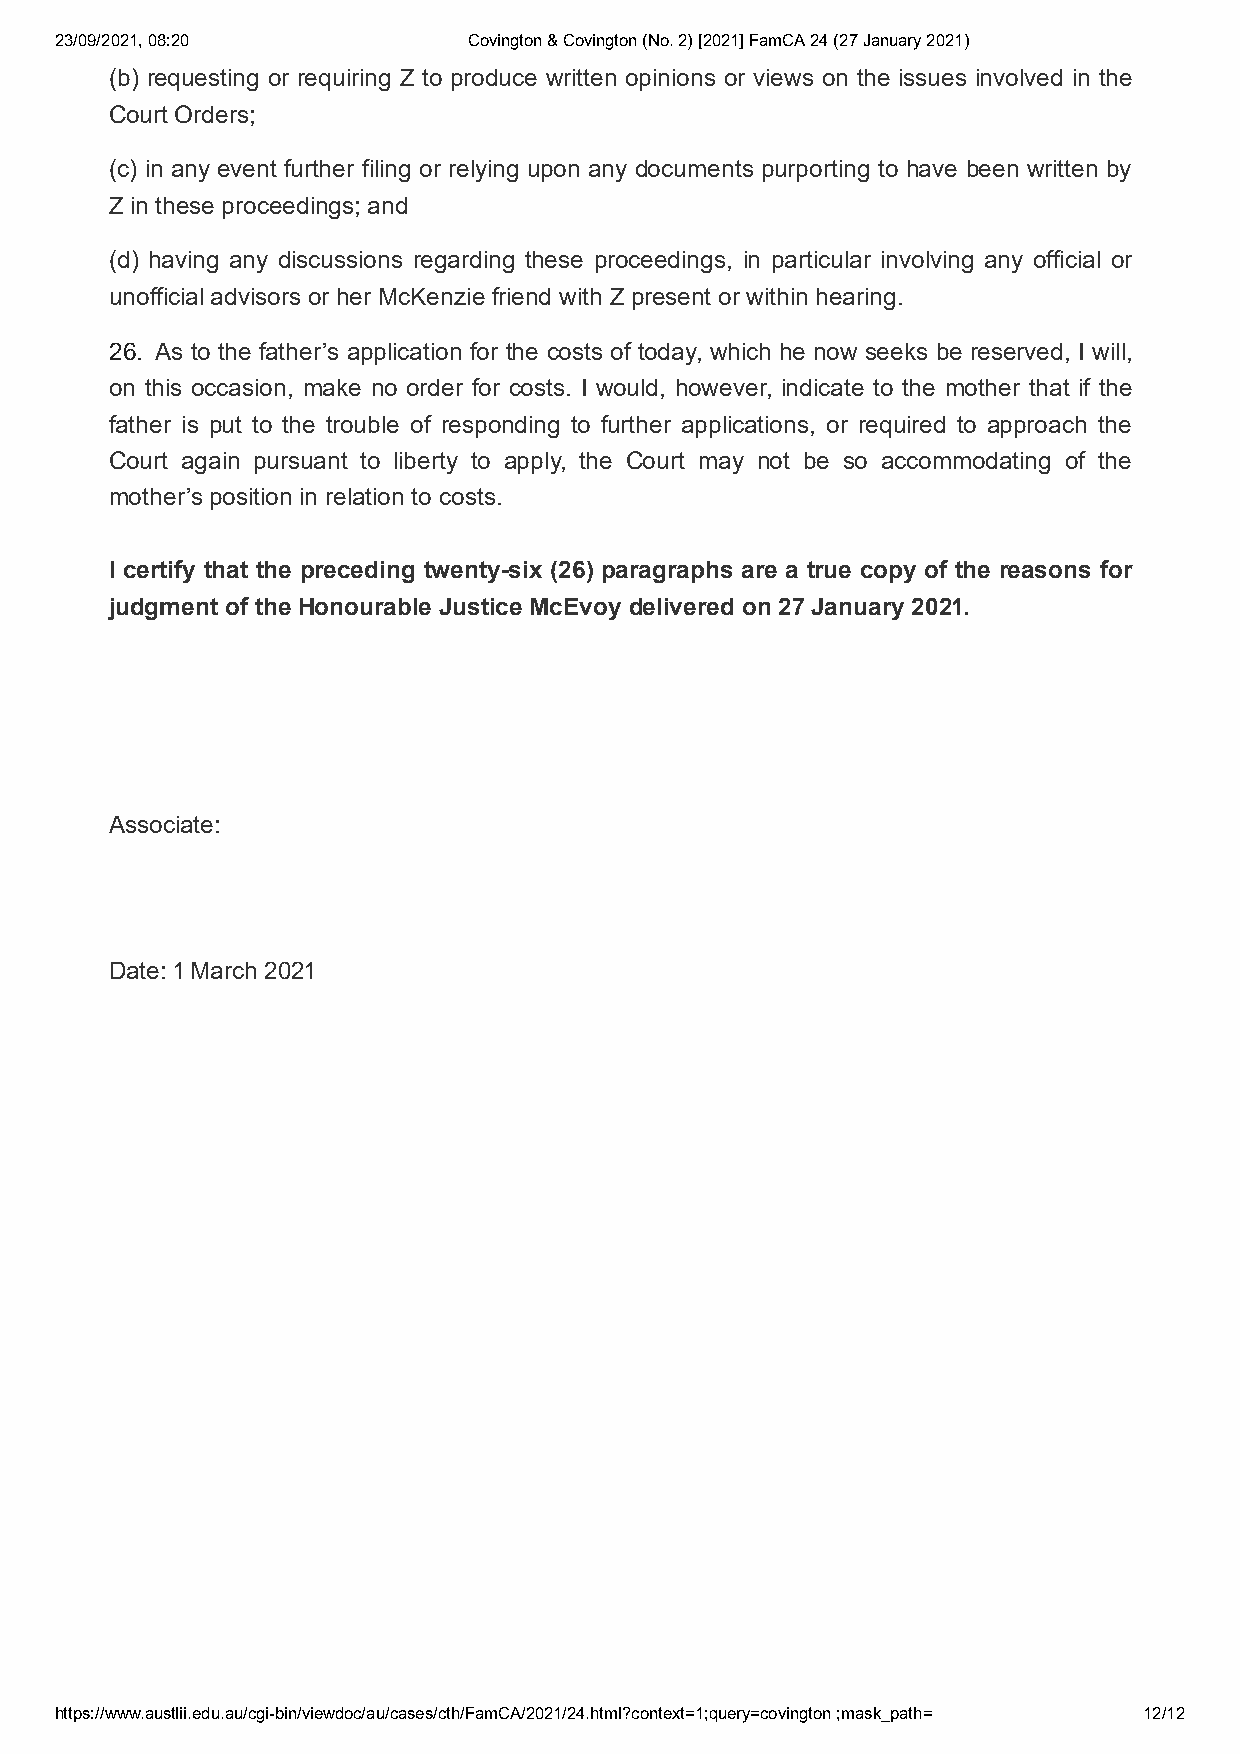
23/09/2021, 08:20          Covington & Covington (No. 2) [2021] FamCA 24 (27 January 2021)
 (b) requesting or requiring Z to produce written opinions or views on the issues involved in the
 Court Orders;
 (c) in any event further filing or relying upon any documents purporting to have been written by
 Z in these proceedings; and
 (d) having any discussions regarding these proceedings, in particular involving any official or
 unofficial advisors or her McKenzie friend with Z present or within hearing.
 . As to the father’s application for the costs of today, which he now seeks be reserved, I will,
 on this occasion, make no order for costs. I would, however, indicate to the mother that if the
 father is put to the trouble of responding to further applications, or required to approach the
 Court again pursuant to liberty to apply, the Court may not be so accommodating of the
 mother’s position in relation to costs.
 I certify that the preceding twenty-six () paragraphs are a true copy of the reasons for
 judgment of the Honourable Justice McEvoy delivered on  January .
 Associate:
 Date:  March
 https://www.austlii.edu.au/cgi-bin/viewdoc/au/cases/cth/FamCA/2021/24.html?context=1;query=covington ;mask_path= 12/12